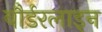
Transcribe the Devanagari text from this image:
बौर्डरलाइन